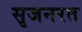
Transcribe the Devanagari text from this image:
सृजनरत